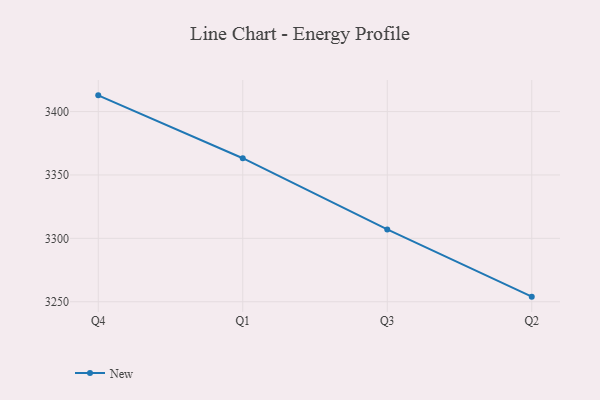
{"axis": {"x": "Quarter", "y": "Demand Index"}, "legend": ["New"], "data": [{"x": "Q4", "y": 3412.8, "type": "New"}, {"x": "Q1", "y": 3363.2, "type": "New"}, {"x": "Q3", "y": 3307.0, "type": "New"}, {"x": "Q2", "y": 3254.0, "type": "New"}]}